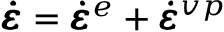
\pmb { \dot { \varepsilon } } = \pmb { \dot { \varepsilon } } ^ { e } + \pmb { \dot { \varepsilon } } ^ { v p }